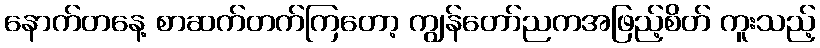
နောက်တနေ့ စာဆက်တက်ကြတော့ ကျွန်တော်ညကအဖြည့်စိတ် ကူးသည့်